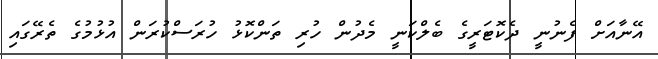
އޭނާއަށް ފެނުނީ ދެކޮޓަރީގެ ބެލްކަނީ މެދުން ހުރި ތަންކޮޅު ހުރަސްކުރަން އުޅުމުގެ ތެރޭގައި